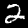
Digit: 2